Note on the mental hospitals in Burma - 1925-1940
Year: 1925
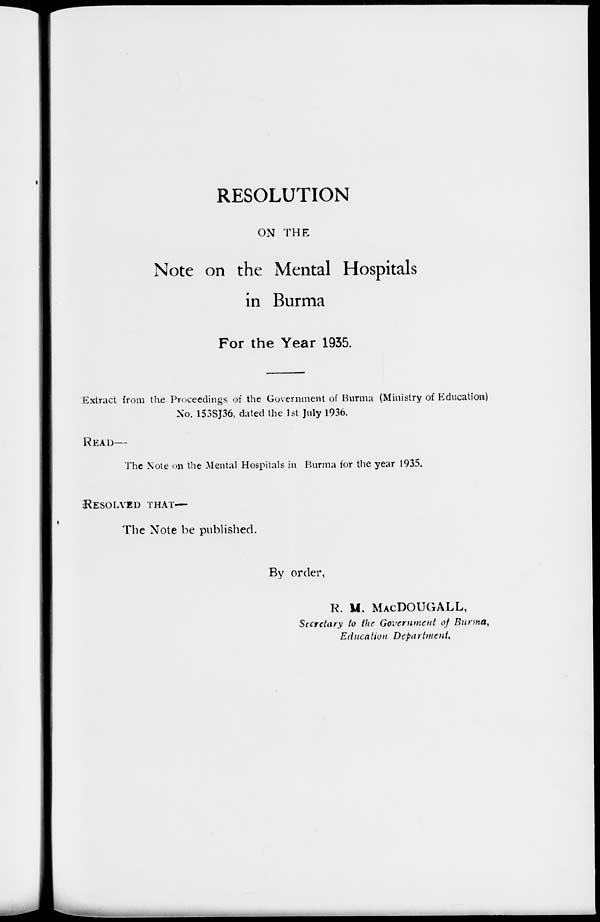
RESOLUTION
ON THE
Note on the Mental Hospitals
in Burma
For the Year 1935.
Extract from the Proceedings of the Government of Burma (Ministry of Education)
No. 153SJ36, dated the 1st July 1936.
READ—
The Note on the Mental Hospitals in Burma for the year 1935.
RESOLVED THAT—
The Note be published.
By order,
R. M. MACDOUGALL,
Secretary to the Government of Burma,
Education Department.